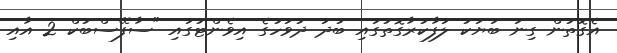
އެގޮތުން ގިނަ ބަޔަކު ލަފާކުރާގޮތުގައި ބުދަ ދުވަހުގެ އިވެންޓުގައި "ސާފޭސްބުކް 2 އާއި